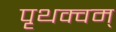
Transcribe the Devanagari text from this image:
पृथक्वम्